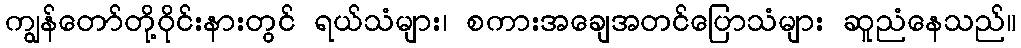
ကျွန်တော်တို့ဝိုင်းနားတွင် ရယ်သံများ၊ စကားအချေအတင်ပြောသံများ ဆူညံနေသည်။